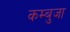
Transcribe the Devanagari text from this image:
कम्बुजा